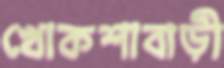
খোকশাবাড়ী